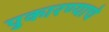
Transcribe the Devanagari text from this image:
पुकारण्याचे